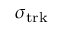
\sigma _ { \mathrm { t r k } }